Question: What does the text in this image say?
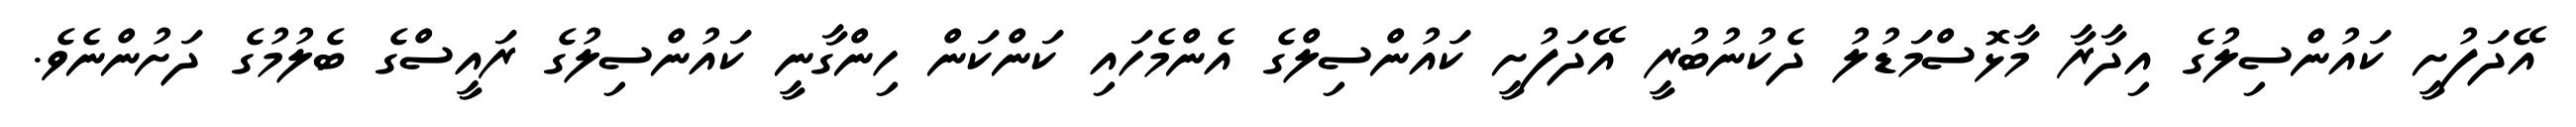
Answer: އޭދަފުށީ ކައުންސިލުގެ އިދާރާ މާޅޮސްމަޑުލު ދެކުނުބުރީ އޭދަފުށީ ކައުންސިލްގެ އެންމެހައި ކަންކަން ހިންގާނީ ކައުންސިލުގެ ރައީސްގެ ބެލުމުގެ ދަށުންނެވެ.